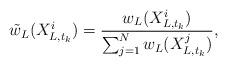
LaTeX: \begin{align*}\tilde{w}_{L}(X_{L,t_k}^{i})=\frac{w_{L}(X_{L,t_k}^{i})}{\sum^{N}_{j=1}w_{L}(X_{L,t_k}^{j} )},\end{align*}